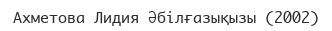
Ахметова Лидия Әбілғазықызы (2002)